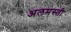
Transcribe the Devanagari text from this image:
अलमस्ती